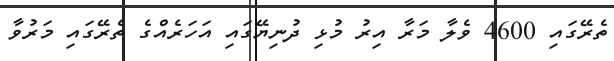
ތެރޭގައި 4600 ވެލާ މަރާ އިރު މުޅި ދުނިޔޭގައި އަހަރެއްގެ ތެރޭގައި މަރުވާ